Indian journal of veterinary science and animal husbandry - Volumes 24-25, 1954-1955
Year: 1954
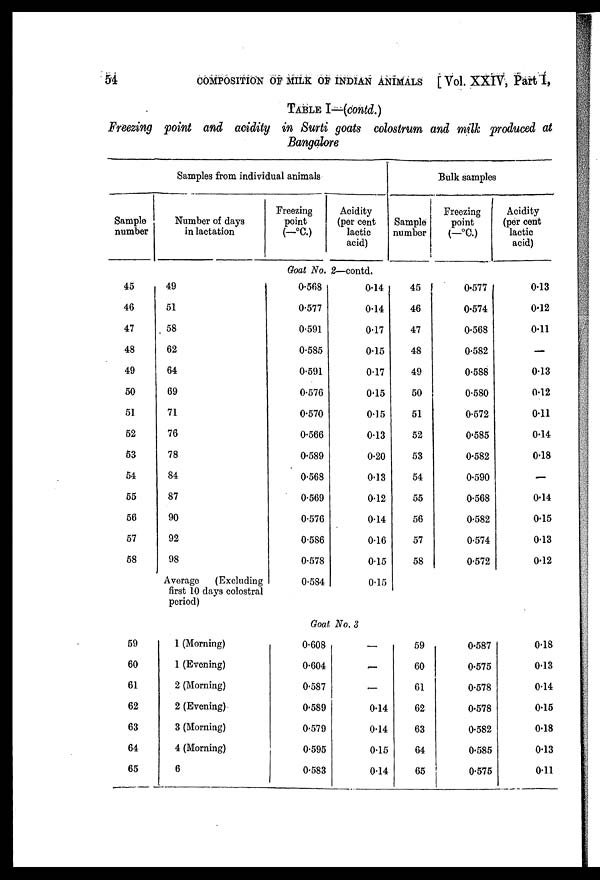
54
COMPOSITION OF MILK OF INDIAN ANIMALS [ Vol. XXIV, Part I,
TABLE I—(contd.)
Freezing point and acidity in Surti goats colostrum and milk produced at
Bangalore
Samples from individual animals
Sample
number
Number of days
in lactation
Freezing
point
(—°C.)
Acidity
(per cent
lactic
acid)
Bulk samples
Sample
number
Freezing
point
(—°C.)
Acidity
(per cent
lactic
acid)
Goat No. 2—contd.
45
46
47
48
49
50
51
52
53
54
55
56
57
58
59
60
61
62
63
64
65
49
51
58
62
64
69
71
76
78
84
87
90
92
98
Average
(Excluding
first 10 days colostral
period)
0.568
0.577
0.591
0.585
0.591
0.576
0.570
0.566
0.589
0.568
0.569
0.576
0.586
0.578
0.584
0.14
0.14
0.17
0.15
0.17
0.15
0.15
0.13
0.20
0.13
0.12
0.14
0.16
0.15
0.15
45
46
47
48
49
50
51
52
53
54
55
56
57
58
0.577
0.574
0.568
0.582
0.588
0.580
0.572
0.585
0.582
0.590
0.568
0.582
0.574
0.572
0.13
0.12
0.11
—
0.13
0.12
0.11
0.14
0.18
—
0.14
0.15
0.13
0.12
Goat No. 3
1 (Morning)
1 (Evening)
2 (Morning)
2 (Evening)
3 (Morning)
4 (Morning)
6
0.608
0.604
0.587
0.589
0.579
0.595
0.583
—
—
—
0.14
0.14
0.15
0.14
59
60
61
62
63
64
65
0.587
0.575
0.578
0.578
0.582
0.585
0.575
0.18
0.13
0.14
0.15
0.18
0.13
0.11